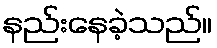
နည်းနေခဲ့သည်။